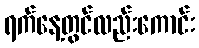
ရက်နေ့တွင်လည်းကောင်း